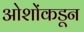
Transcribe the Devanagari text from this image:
ओशोंकडून